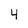
Character: 4